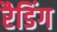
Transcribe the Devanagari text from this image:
रैडिंग